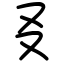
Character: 㕛